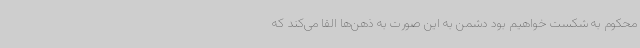
محکوم به شکست خواهیم بود دشمن به این صورت به ذهن‌ها القا می‌کند که